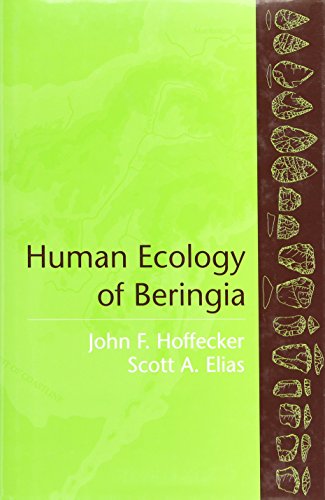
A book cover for Human Ecology of Beringia; John F. Hoffecker; History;